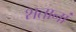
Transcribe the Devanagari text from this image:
शतानां